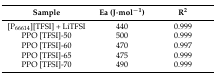
| Sample | Ea (J·mol−1) | R2 |
 | --- | --- | --- |
 | [P66614][TFSI] + LiTFSI | 440 | 0.999 |
 | PPO [TFSI]-50 | 500 | 0.999 |
 | PPO [TFSI]-60 | 470 | 0.997 |
 | PPO [TFSI]-65 | 475 | 0.999 |
 | PPO [TFSI]-70 | 490 | 0.999 |